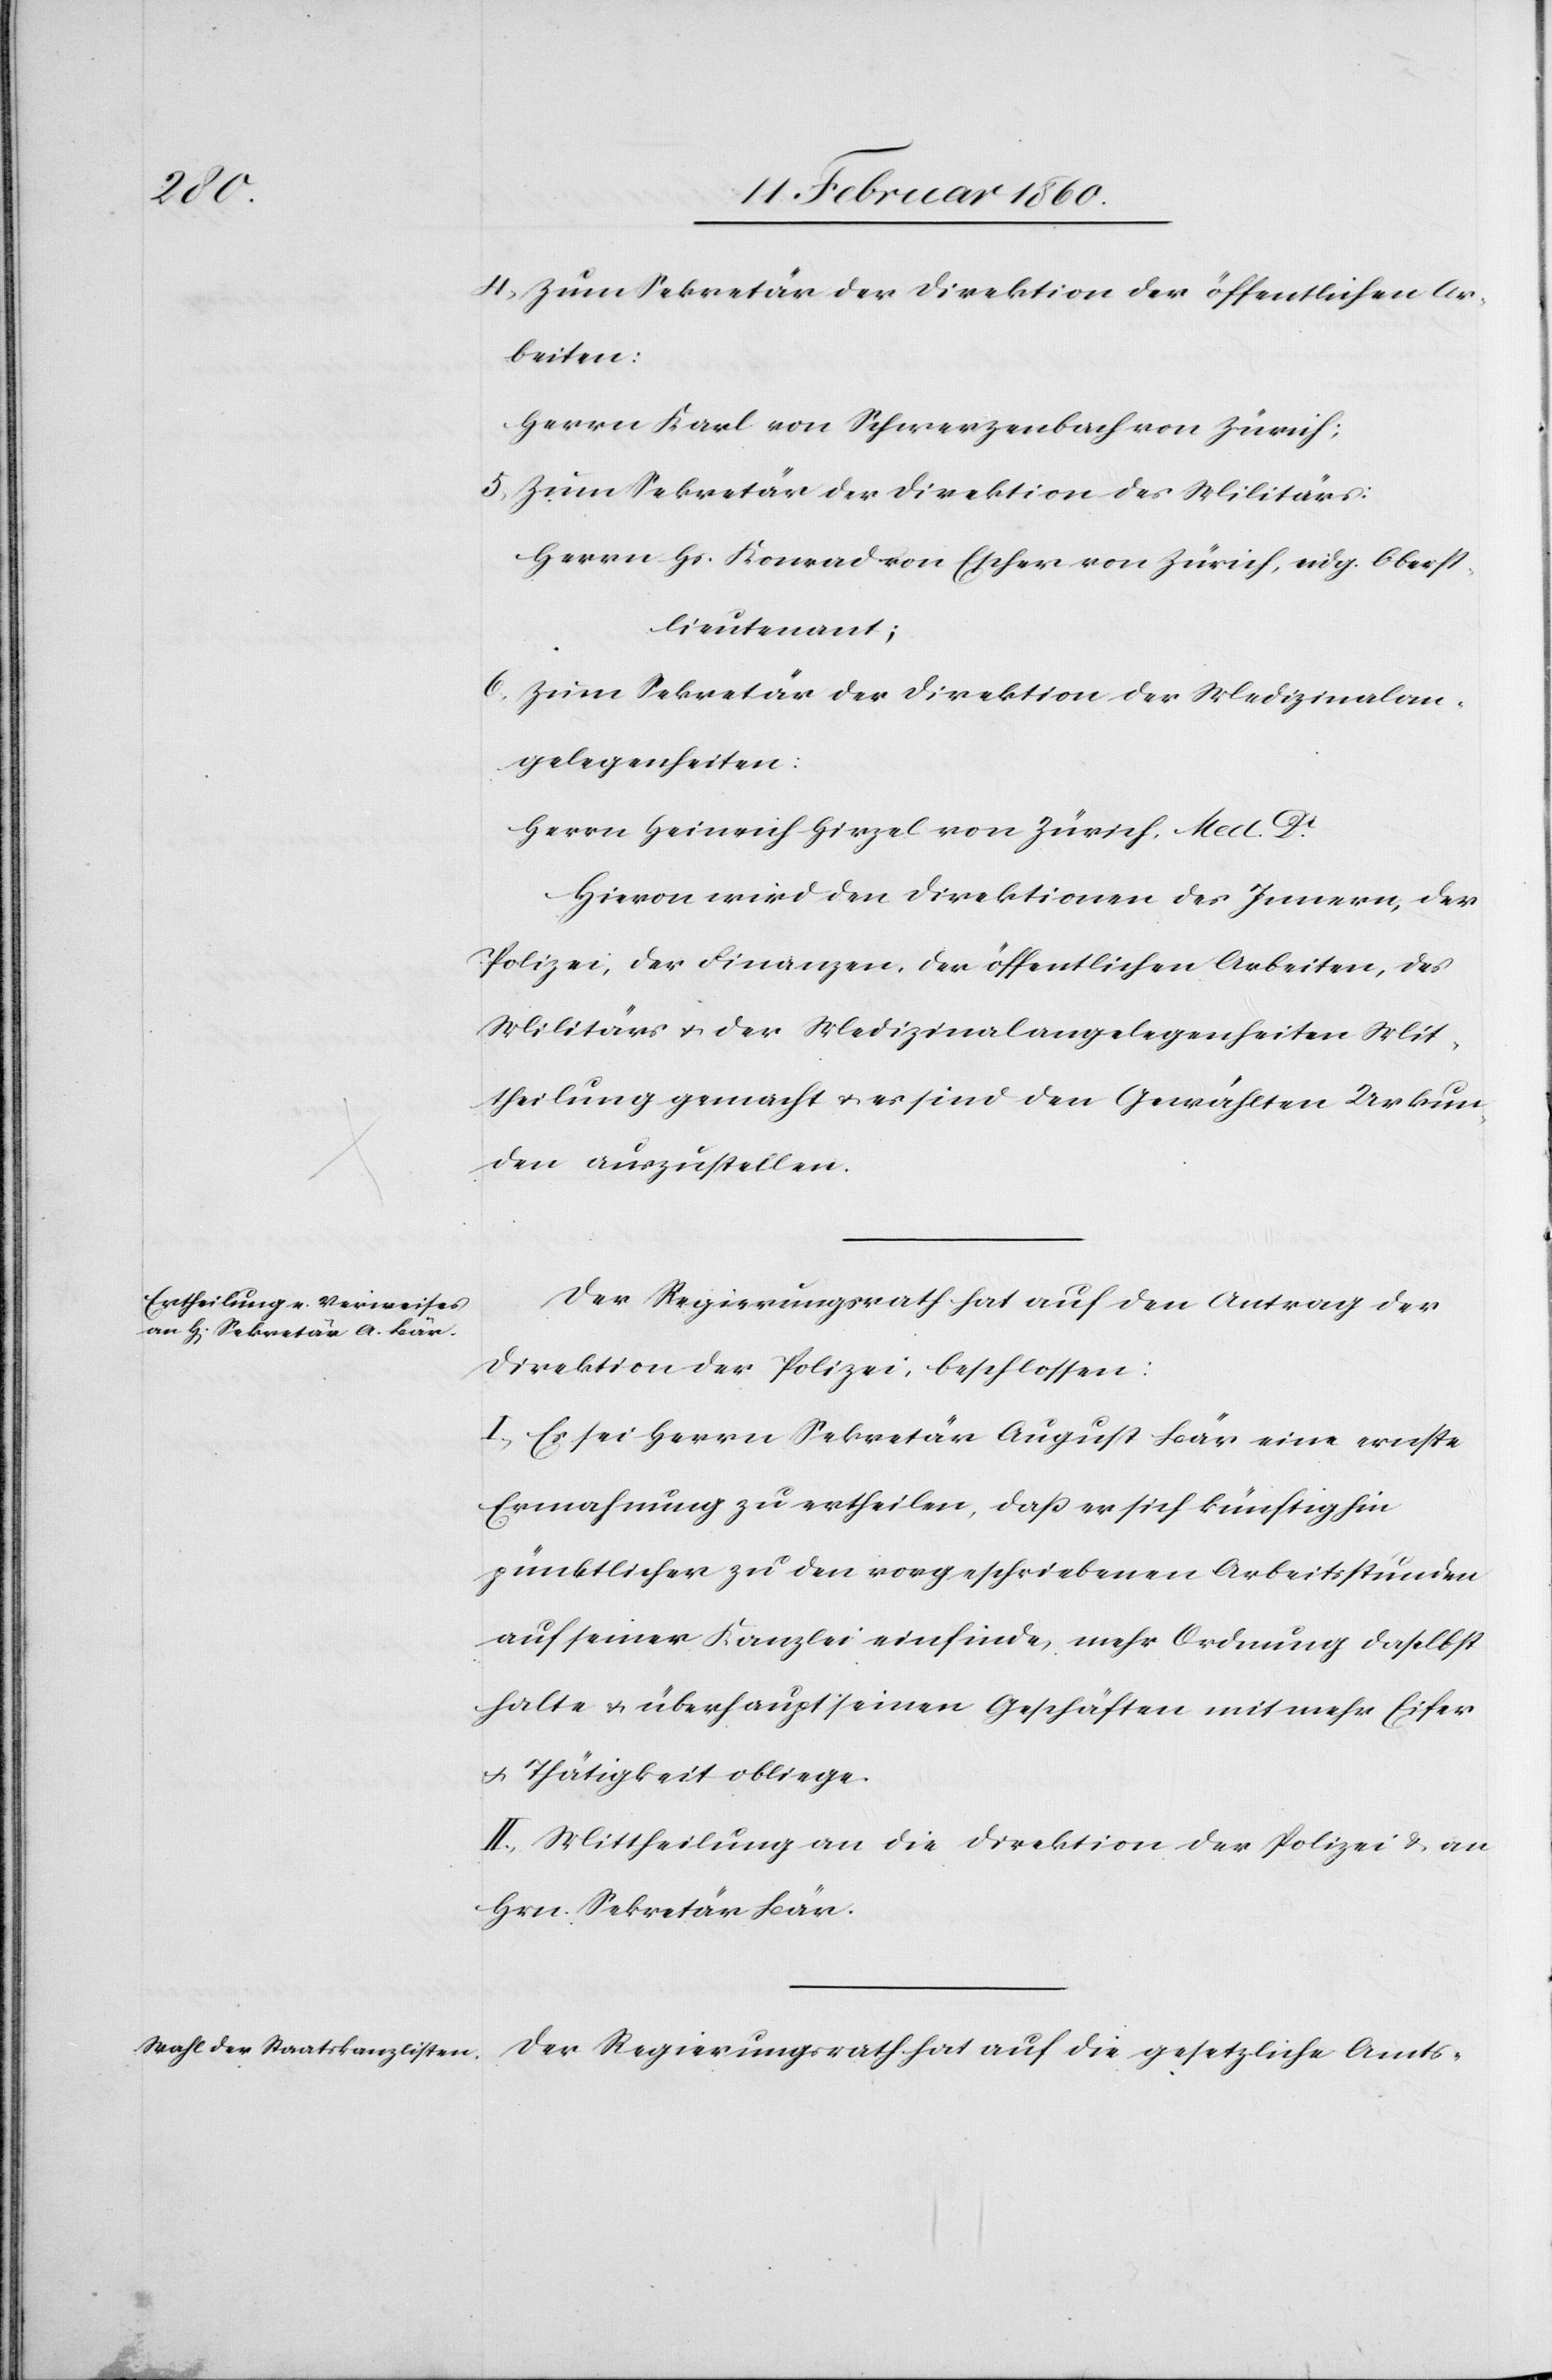
4. zum Sekretär der Direktion der öffentlichen Ar¬
beiten:
Herrn Karl von Schwerzenbach von Zürich.
5. zum Sekretär der Direktion des Militärs:
Herrn Hs. Konrad von Escher von Zürich, eidg. Oberst¬
lieutenant;
6. zum Sekretär der Direktion der Medizinalan¬
gelegenheiten:
Herrn Heinrich Hirzel von Zürich, Med. Dr.
Hievon wird den Direktionen des Innern, der
Polizei, der Finanzen, der öffentlichen Arbeiten, des
Militärs u. der Medizinalangelegenheiten Mit¬
theilung gemacht u. es sind den Gewählten Urkun¬
den auszustellen.
Der Regierungsrath hat auf den Antrag der
Direktion der Polizei beschlossen:
I. Es sei Herrn Sekretär August Bär eine ernste
Ermahnung zu ertheilen, dass er sich künftig hin
pünktlicher zu den vorgeschriebenen Arbeitsstünden
auf seiner Kanzlei einfinde, mehr Ordnung daselbst
halte, u. überhaupt seinen Geschäften mit mehr Eifer
u. Thätigkeit obliege.
II. Mittheilung an die Direktion der Polizei u. an
Hrn. Sekretär Bär.
Der Regierungsrath hat auf die gesetzliche Amts-